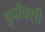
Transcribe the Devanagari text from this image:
इपॉक्सी